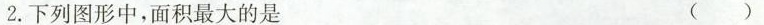
2.下列图形中，面积最大的是 （ ）